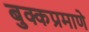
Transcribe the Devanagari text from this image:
बुक्कप्रमाणे